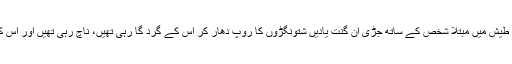
اس ان گھڑاور دائمی طیش میں مبتلا شخص کے ساتھ جڑی ان گنت یادیں شتونگڑوں کا روپ دھار کر اس کے گرد گا رہی تھیں، ناچ رہی تھیں اور اس کا مُنھ چڑا رہی تھیں۔